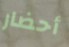
أحضار